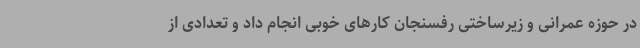
در حوزه عمرانی و زیرساختی رفسنجان کارهای خوبی انجام داد و تعدادی از